Madras plague regulations in force outside the Presidency town - Volume 5
Disease focus: Plague
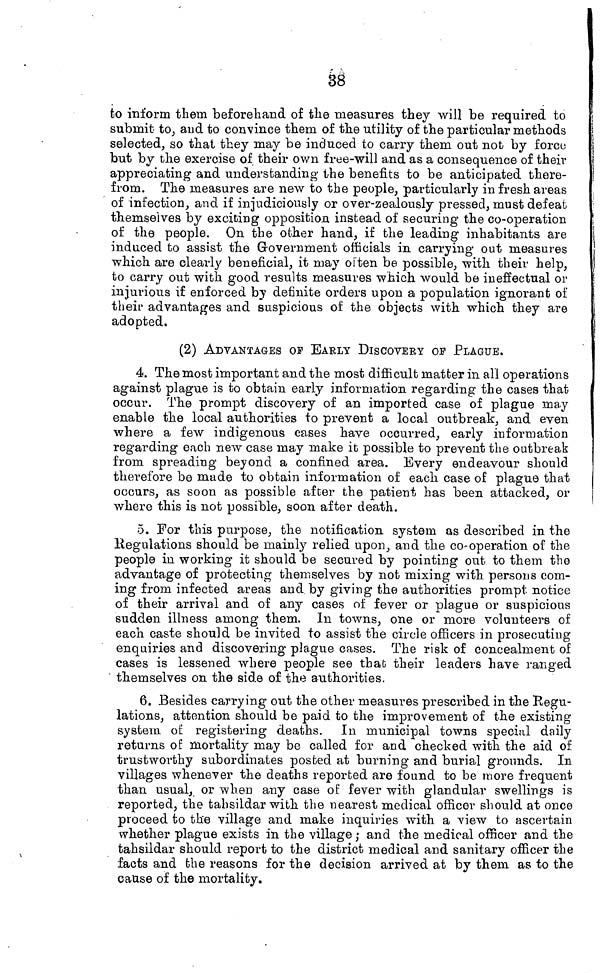
èo
fco inform them beforehand of the measures they will be required to
submit to, arid to convince them of the utility of the particular methods
selected, so that they may be induced to carry them out not by force
but by the exercise of their own free-will and as a consequence of their
appreciating and understanding the benefits to be anticipated there-
from. The measures are new to the people, particularly in fresh areas
of infection, and if injudiciously or over-zealously pressed, must defeat
themselves by exciting opposition instead of securing the co-operation
of the people. On the other hand, if the leading inhabitants are
induced to assist the Government officials in carrying out measures
which are clearly beneficial, it may oiten be possible, with their help,
to carry out with good results measures which would be ineffectual or
injurious if enforced by definite orders upon a population ignorant of
their advantages and suspicious of the objects with which they are
adopted.
(2) ADVANTAGES OF EAELY DISCOVERY OF PLAGUE.
4. The most important and the most difficult matter in all operations
against plague is to obtain early information regarding the cases that
occur. The prompt discovery of an imported case of plague may
enable the local authorities to prevent a local outbreak, and even
where a few indigenous cases have occurred, early information
regarding each new case may make it possible to prevent the outbreak
from spreading beyond a confined area. Every endeavour should
therefore be made to obtain information of each case of plague that
occurs, as soon as possible after the patient has been attacked, or
where this is not possible, soon after death.
5. For this purpose, the notification system as described in the
Hegulations should be mainly relied upon, and the co-operation of the
people in working it should be secured by pointing out to them the
advantage of protecting themselves by not mixing with persons com-
ing from infected areas and by giving the authorities prompt notice
of their arrival and of any cases of fever or plague or suspicious
sudden illness among them. In towns, one or more volunteers of
each caste should be invited to assist the circle officers in prosecuting
enquiries and discovering plague cases. The risk of concealment of
cases is lessened where people see that their leaders have ranged
themselves on the side of the authorities.
6. Besides carrying out the other measures prescribed in the Regu-
lations, attention should be paid to the improvement of the existing
system of registering deaths. In municipal towns special daily
returns o£ mortality may be called for and checked with the aid of
trustworthy subordinates posted at burning- and burial grounds. In
villages whenever the deaths reported are found to be more frequent
than usual, or when any case of fever with glandular swellings is
reported, the tahsildar with the nearest medical officer should at once
proceed to the village and make inquiries with a A T iew to ascertain
whether plague exists in the village ; and the medical officer and the
tahsildar should report to the district medical and sanitary officer the
facts and the reasons for the decision arrived at by them as to the
cause of the mortality.